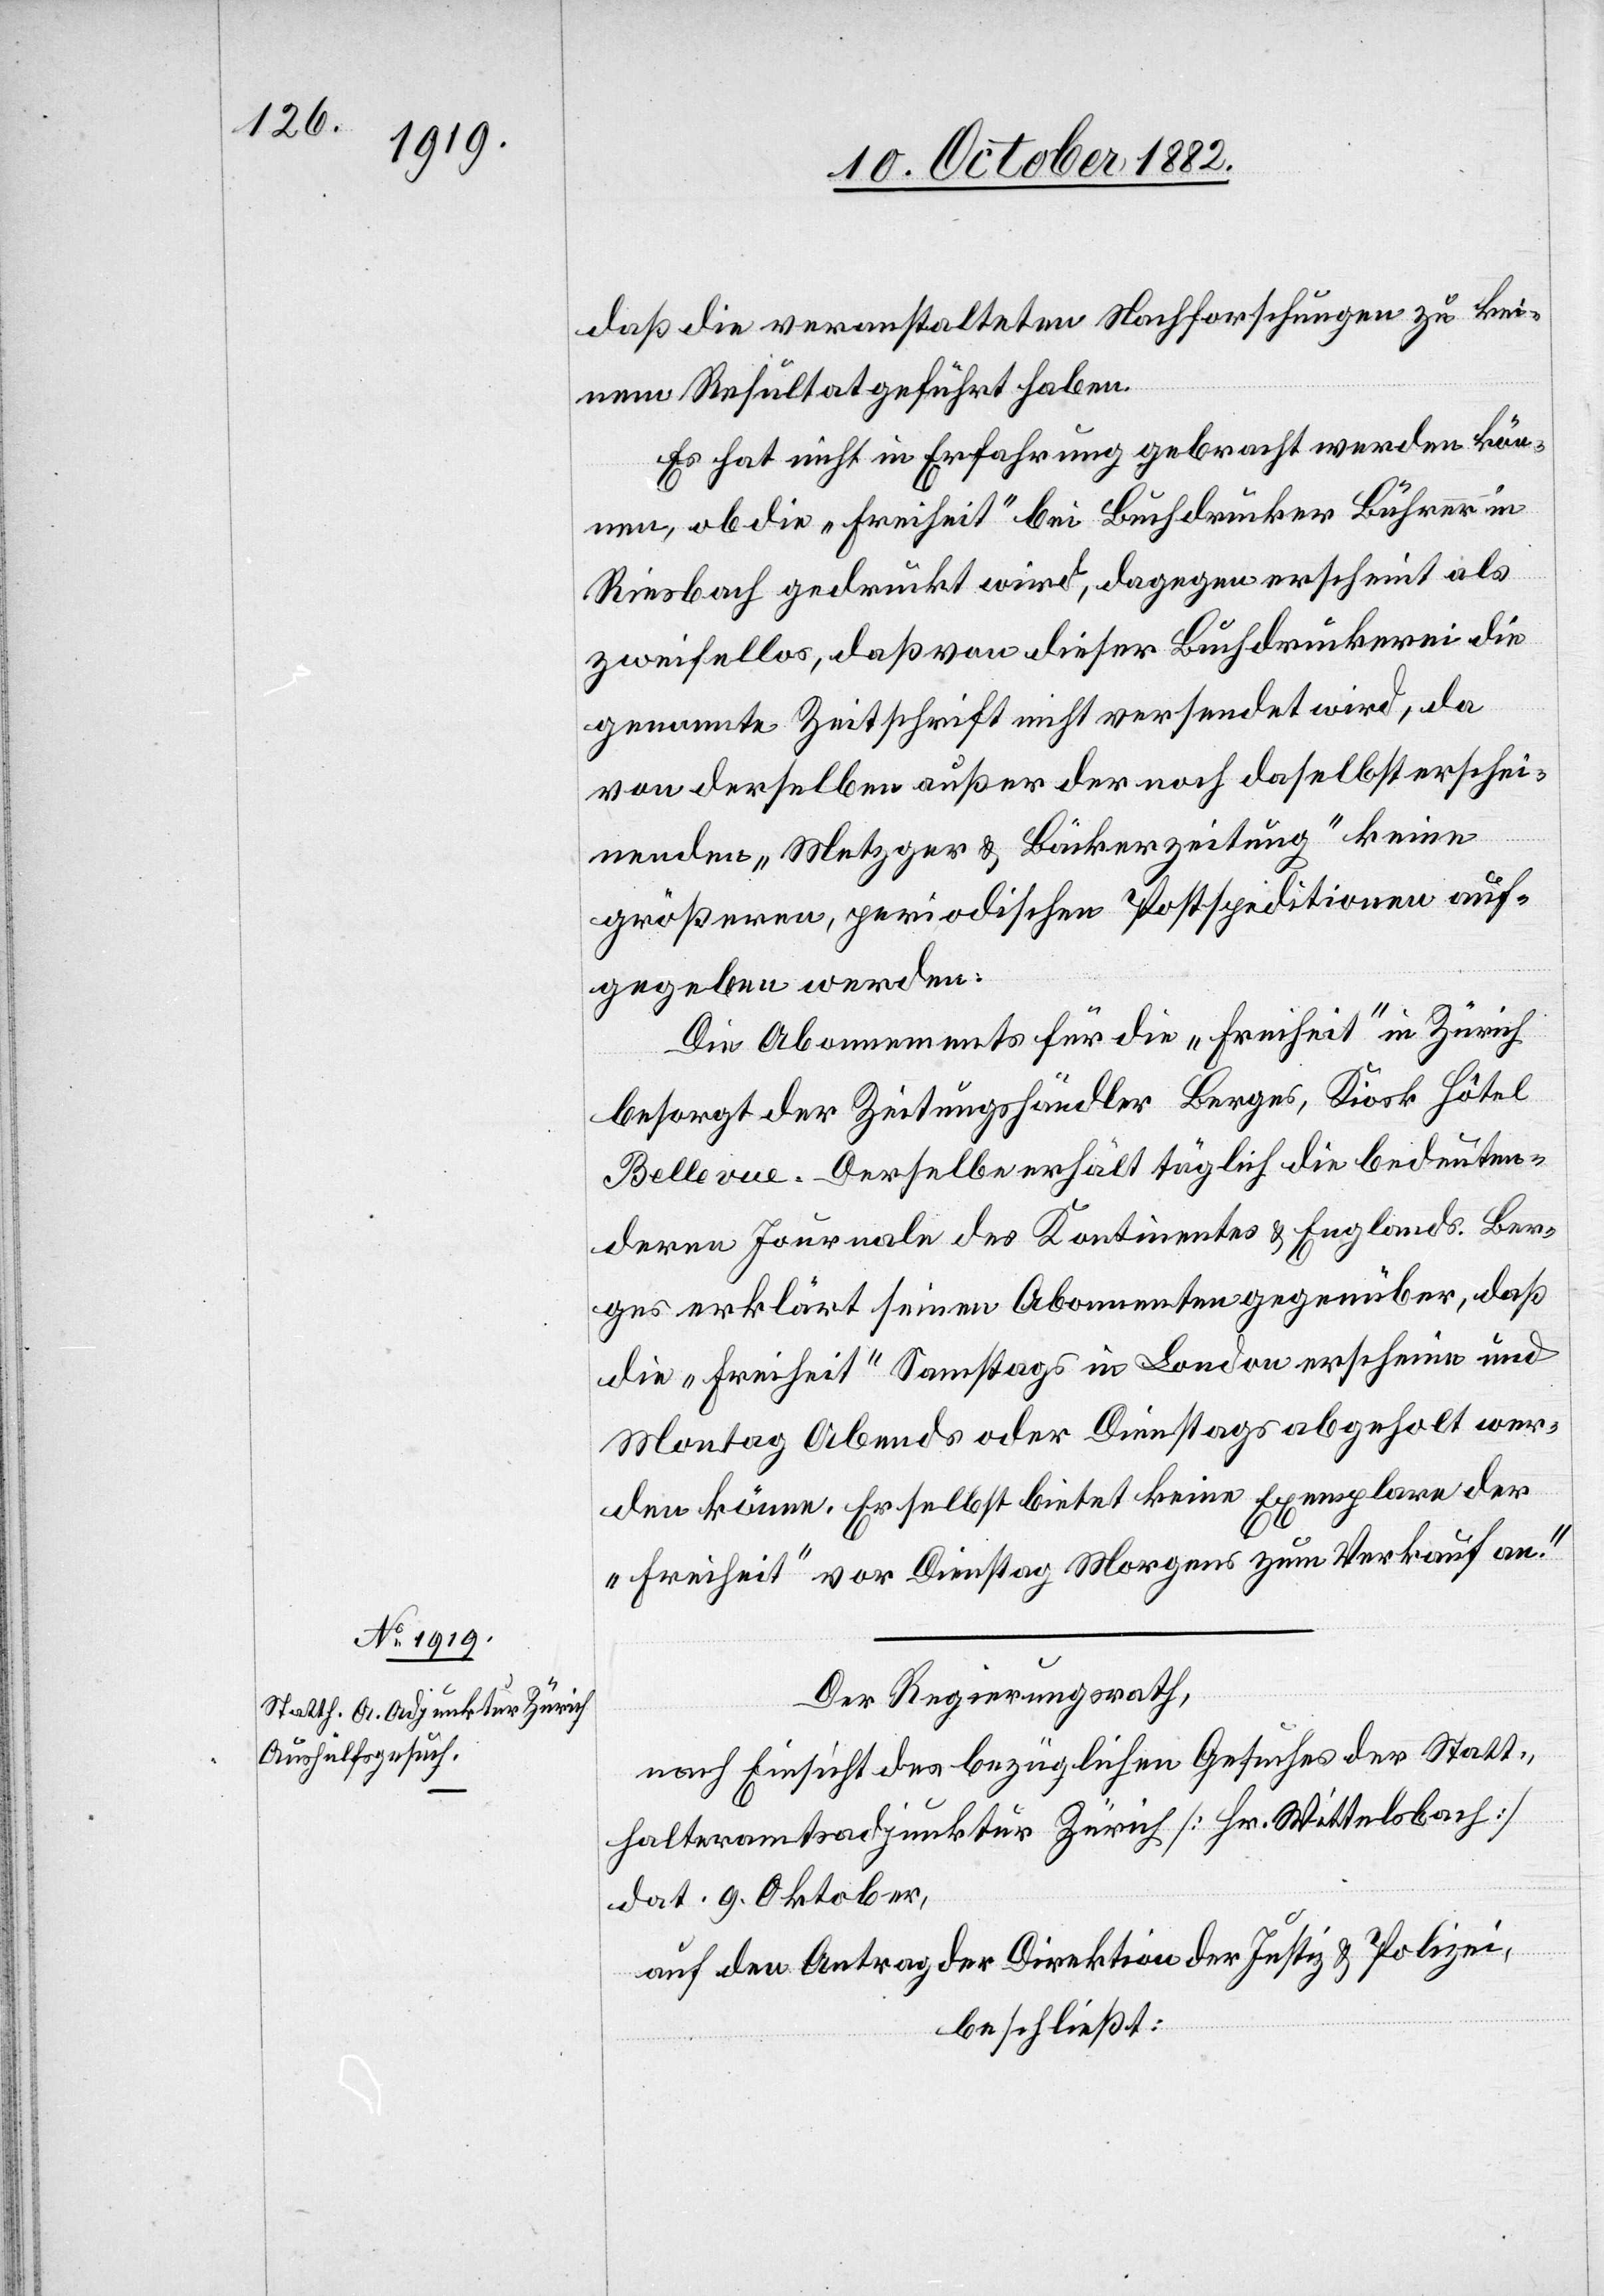
daß die veranstalteten Nachforschungen zu kei¬
nem Resultat geführt haben.
Es hat nicht in Erfahrung gebracht werden kön¬
nen, ob die „Freiheit“ bei Buchdrucker Bührer in
Riesbach gedruckt wird, dagegen erscheint als
zweifellos, daß von dieser Buchdruckerei die
genannte Zeitschrift nicht versendet wird, da
von derselben außer der noch daselbst erschei¬
nenden „Metzger & Bäckerzeitung“ keine
größeren, periodischen Postspeditionen auf¬
gegeben werden.
Die Abonnements für die „Freiheit“ in Zürich
besorgt der Zeitungshändler Berges, Kiosk Hôtel
Bellevue. Derselbe erhält täglich die bedeuten¬
deren Journale des Kontinentes & Englands. Ber¬
ges erklärt seinen Abonnenten gegenüber, daß
die „Freiheit“ Samstags in London erscheine und
Montag Abends oder Dienstags abgeholt wer¬
den könne. Er selbst bietet keine Exemplare der
„Freiheit“ vor Dienstag Morgens zum Verkauf an.“
Der Regierungsrath,
nach Einsicht des bezüglichen Gesuches der Statt¬
halteramtsadjunktur Zürich [Hr. Wittelsbach]
dat. 9. Oktober,
auf den Antrag der Direktion der Justiz & Polizei,
beschließt: